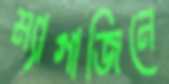
ম্যাগাজিনে